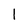
Character: 1